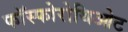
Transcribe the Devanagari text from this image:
फॉस्फोरोथिओट